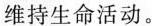
维持生命活动。